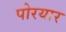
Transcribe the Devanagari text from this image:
पोरयार